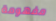
مفهومة